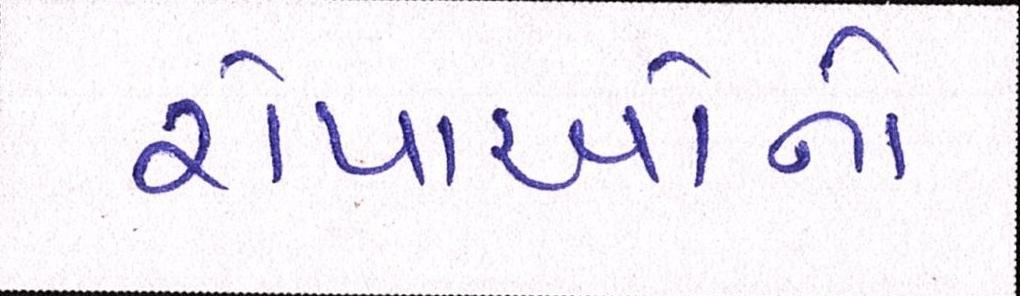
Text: રોપાઓનો